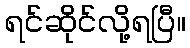
ရင်ဆိုင်လို့ရပြီ။